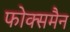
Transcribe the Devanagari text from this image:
फोक्समैन